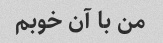
من با آن خوبم